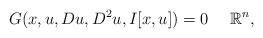
LaTeX: \begin{align*}G(x,u,Du,D^2u,I[x,u])=0\quad\,\,\mathbb R^n,\end{align*}